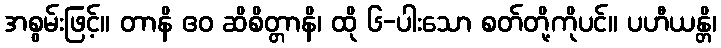
အစွမ်းဖြင့်။ တာနိ ဧဝ ဆိစိတ္တာနိ၊ ထို ၆-ပါးသော စတ်တို့ကိုပင်။ ပဟီယန္တိ၊